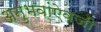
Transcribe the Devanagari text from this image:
अनुभवांऐवजी